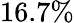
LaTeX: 16.7\%